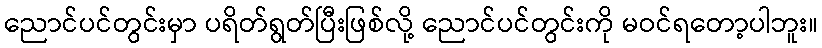
ညောင်ပင်တွင်းမှာ ပရိတ်ရွတ်ပြီးဖြစ်လို့ ညောင်ပင်တွင်းကို မဝင်ရတော့ပါဘူး။